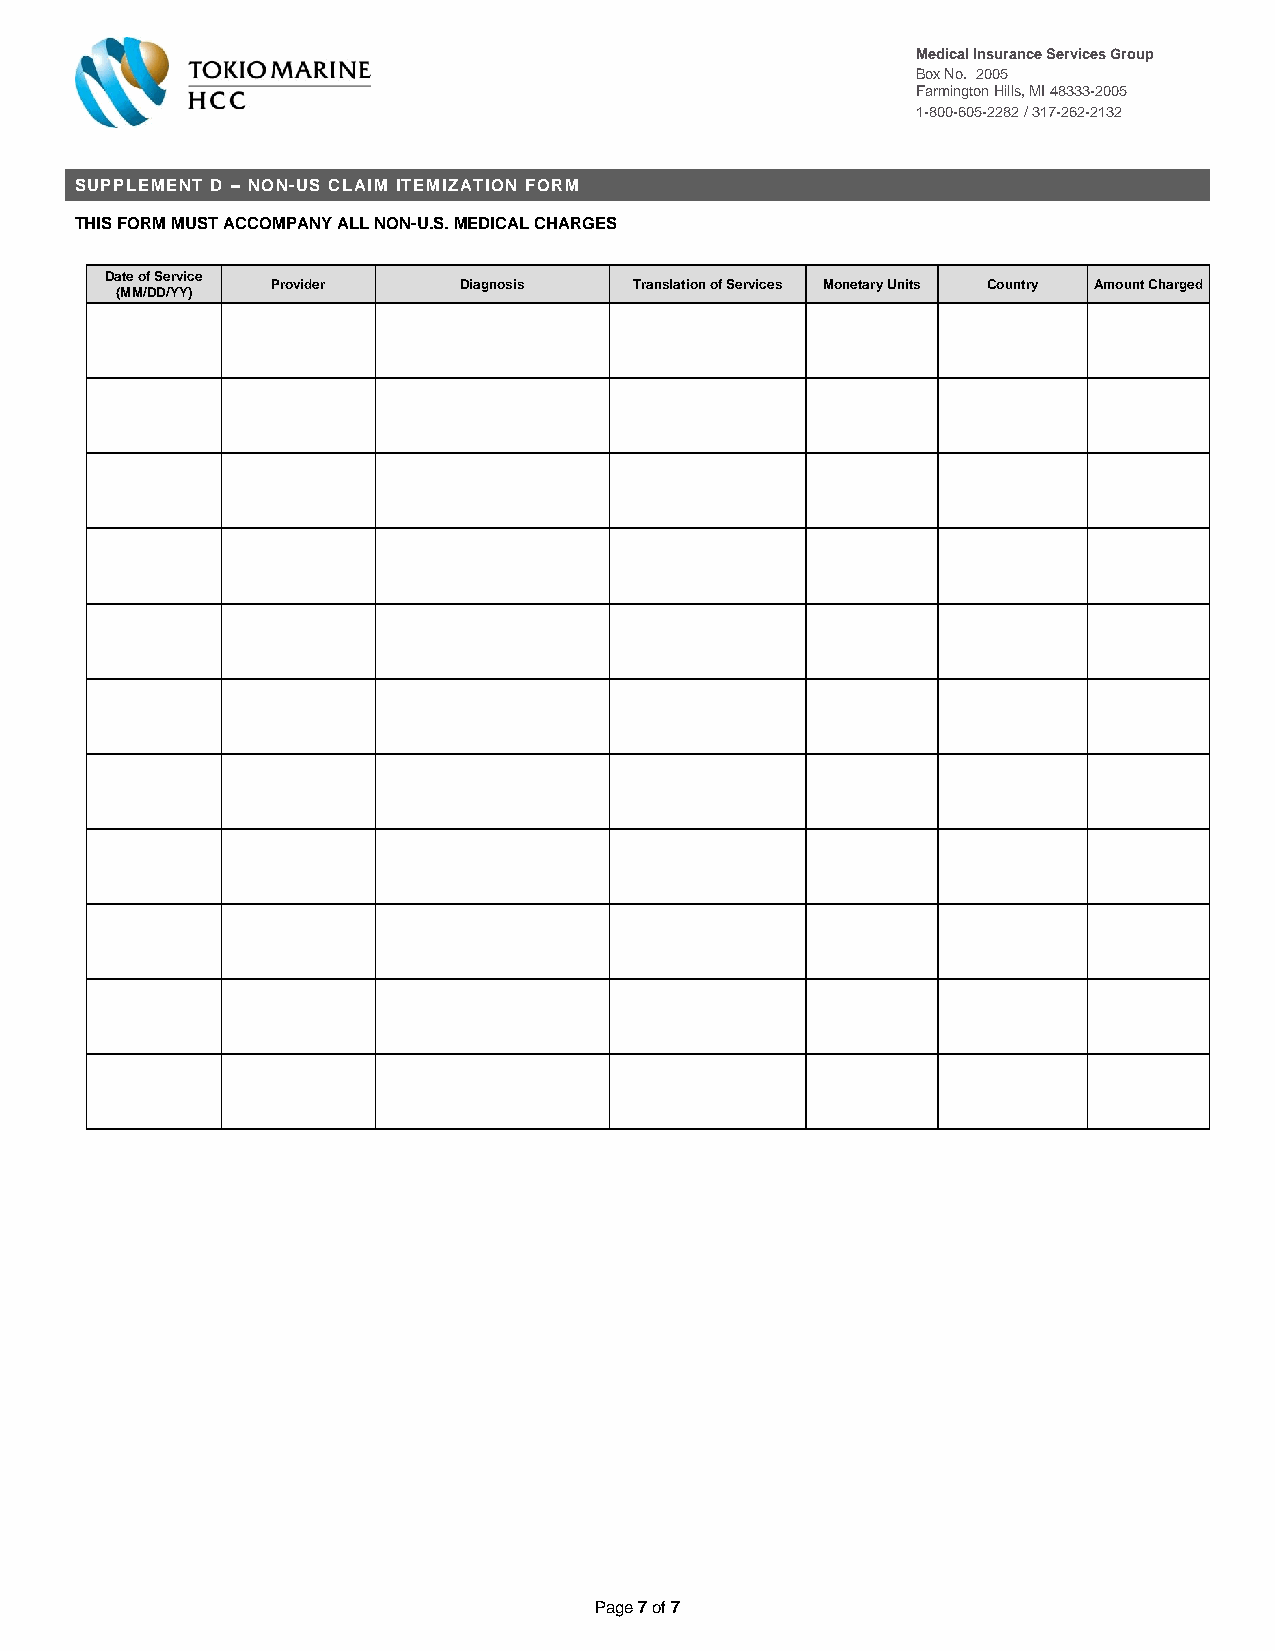
Medical Insurance Services Group
 Box No. 2005
 Farmington Hills, MI 48333-2005
 1-800-605-2282 / 317-262-2132
 SUPPLEMENT D – NON-US CLAIM ITEMIZATION FORM
 THIS FORM MUST ACCOMPANY ALL NON-U.S. MEDICAL CHARGES
 Date of Service
 (MM/DD/YY)
 Provider    Diagnosis   Translation of Services Monetary Units Country Amount Charged
 Page 7 of 7